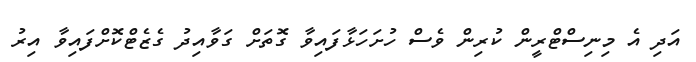
އަދި އެ މިނިސްޓްރީން ކުރިން ވެސް ހުށަހަޅާފައިވާ ގޮތަށް ގަވާއިދު ގެޒެޓްކޮށްފައިވާ އިރު